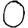
Digit: 0